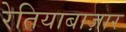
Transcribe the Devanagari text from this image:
रेतियाबाज़ार